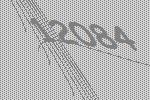
12084